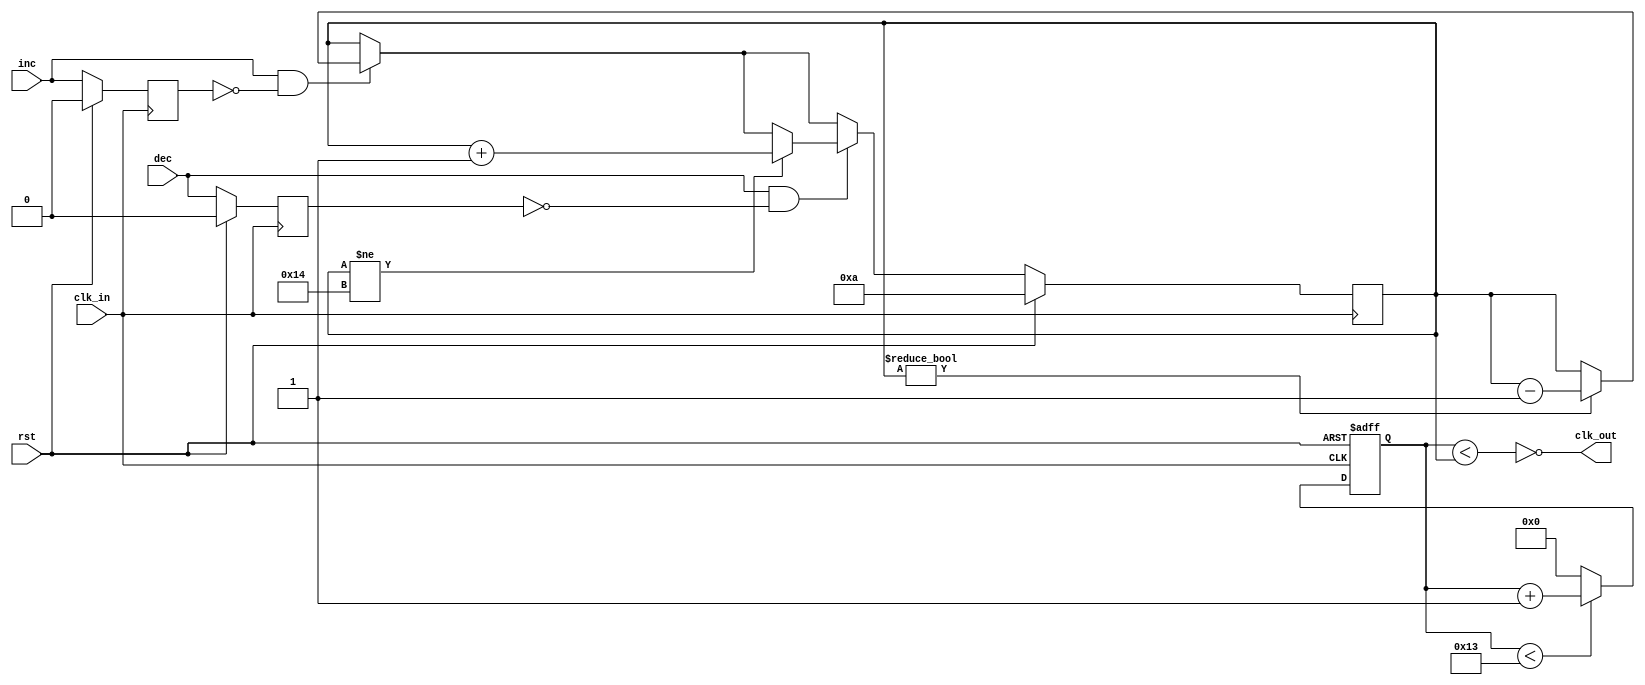
module top(clk_in, clk_out, rst, inc, dec);
  parameter DIV = 5'd20;
  
  input clk_in, rst, inc, dec;
  
  output clk_out;
  
  
  reg [4:0] counter;
  reg [4:0] tmp_d;
  
  reg inc_r, dec_r;
  wire [4:0] counter_next;
  
  
  assign clk_out = !(counter < tmp_d);
  assign counter_next = (counter < (DIV - 5'd1)) ? (counter + 5'd1) : 5'd0;
  
  
  always @(posedge clk_in or posedge rst) begin
    if (rst) begin
        counter <= 5'd0;
    end 
    else begin 
		counter <= counter_next;
    end
  end
  
  always @(posedge clk_in)
  begin
	if (rst) begin
		inc_r <= 1'b0;
		dec_r <= 1'b0;
	end
	else begin
		inc_r <= inc;
		dec_r <= dec;
	end
  end
  
  always @(posedge clk_in) begin
      if(rst) begin 
        tmp_d <= 4'd10;
      end 
      else begin
			if (inc & ~inc_r) begin
				if (tmp_d != 5'd0)
					tmp_d <= tmp_d - 5'd1;
			end
			
			if (dec & ~dec_r) begin
				if(tmp_d != 5'd20) begin
					tmp_d <= tmp_d + 5'd1;
				end
			end
      end
    end //always
    
endmodule